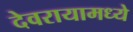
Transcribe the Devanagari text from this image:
देवरायामध्ये